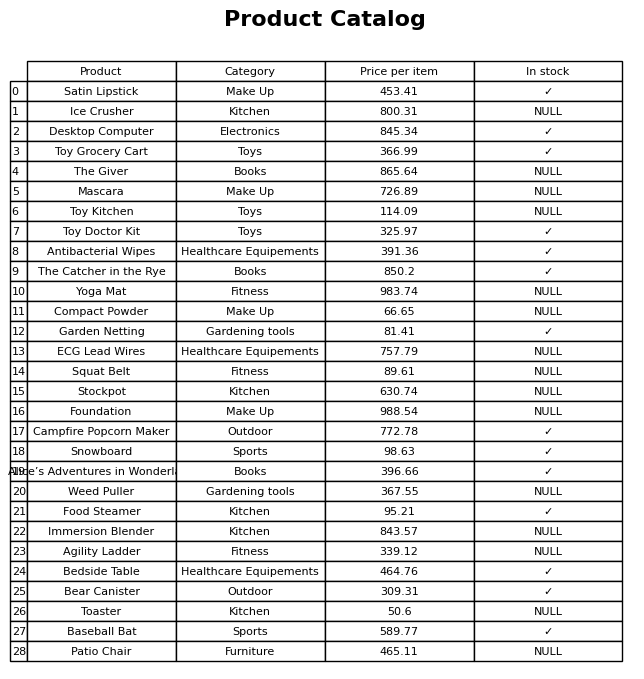
question: What is the stock status of the Compact Powder?
answer: NULL